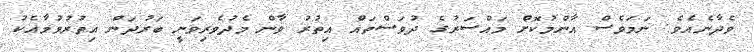
ވެދާނެއެވެ. ނަމަވެސް އާންމުކޮށް މައްސަރުގެ ދުވަސްތައް އިތުރު ވާން މެދުވެރިވަނީ ބަރުދަން އިތުރުވުމާއެކު